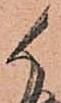
候